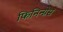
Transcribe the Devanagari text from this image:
फिनिन्ग्नेस